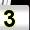
Digit: 3